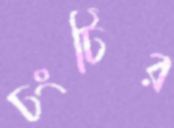
ঢংটির